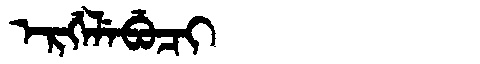
Manchu: ᡝᡵᡤᡝᠯᡝᠪᡠᠴᡳ
Romanization: ERGELEBUCI